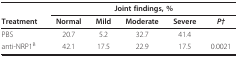
<table><thead><tr><td></td><td colspan="5"><b>Joint findings, %</b></td></tr><tr><td><b>Treatment</b></td><td><b>Normal</b></td><td><b>Mild</b></td><td><b>Moderate</b></td><td><b>Severe</b></td><td><b><i>P†</i></b></td></tr></thead><tbody><tr><td>PBS</td><td>20.7</td><td>5.2</td><td>32.7</td><td>41.4</td><td></td></tr><tr><td>anti-NRP1<sup>B</sup></td><td>42.1</td><td>17.5</td><td>22.9</td><td>17.5</td><td>0.0021</td></tr></tbody></table>